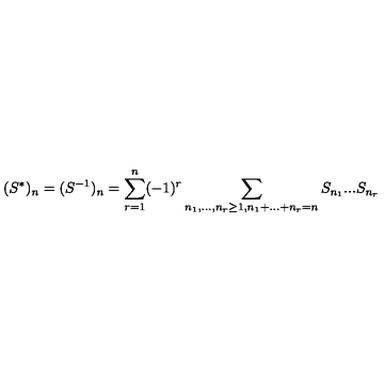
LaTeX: ( S ^ { * } ) _ { n } = ( S ^ { - 1 } ) _ { n } = \sum _ { r = 1 } ^ { n } ( - 1 ) ^ { r } \sum _ { n _ { 1 } , . . . , n _ { r } \geq 1 , n _ { 1 } + . . . + n _ { r } = n } S _ { n _ { 1 } } . . . S _ { n _ { r } }